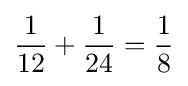
{\frac {1}{12}}+{\frac {1}{24}}={\frac {1}{8}}